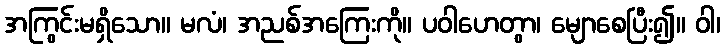
အကြွင်းမရှိသော။ မလံ၊ အညစ်အကြေးကို။ ပဝါဟေတွာ၊ မျောစေပြီး၍။ ဝါ၊